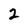
Character: 2